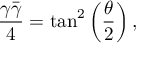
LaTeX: \frac { \gamma \bar { \gamma } } { 4 } = \tan ^ { 2 } \left( \frac { \theta } { 2 } \right) ,